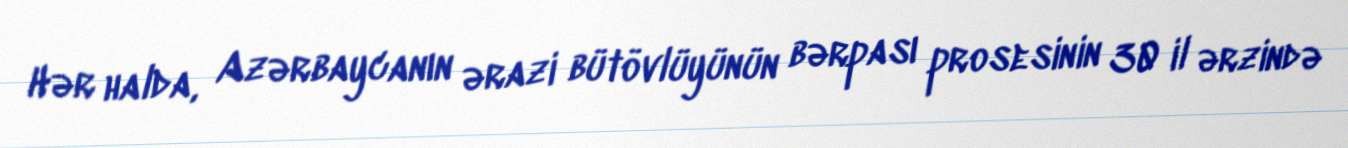
Hər halda, Azərbaycanın ərazi bütövlüyünün bərpası prosesinin 30 il ərzində